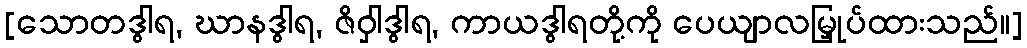
[သောတဒွါရ, ဃာနဒွါရ, ဇိဝှါဒွါရ, ကာယဒွါရတို့ကို ပေယျာလမြှုပ်ထားသည်။]